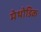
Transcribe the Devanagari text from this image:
मेथोडिक